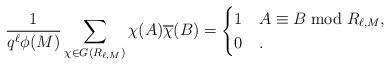
LaTeX: \begin{align*} \frac{1}{q^{\ell}\phi(M)}\sum_{\chi \in G(R_{\ell,M})} \chi(A)\overline{\chi}(B) = \begin{cases} 1 & A\equiv B \bmod R_{\ell,M}, \\ 0 & . \end{cases}\end{align*}